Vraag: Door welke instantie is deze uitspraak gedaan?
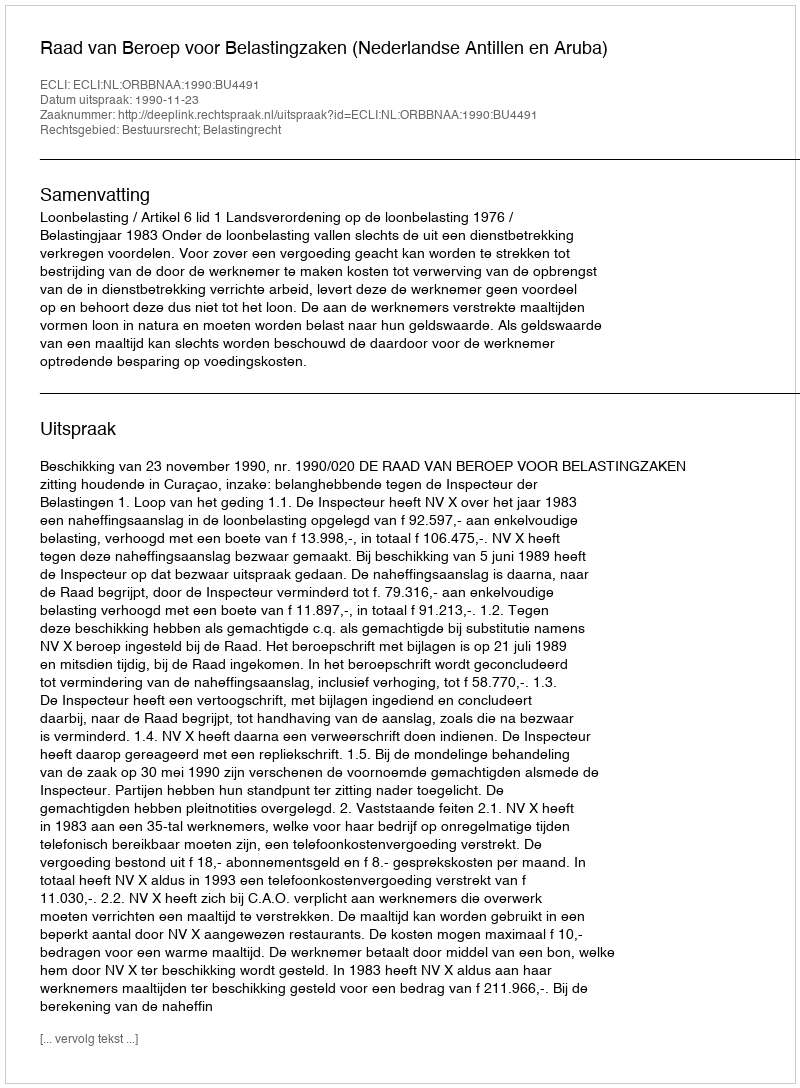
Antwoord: Raad van Beroep voor Belastingzaken (Nederlandse Antillen en Aruba)